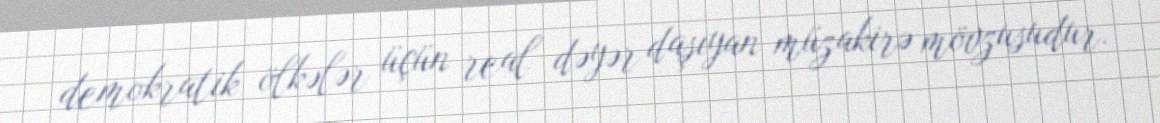
demokratik ölkələr üçün real dəyər daşıyan müzakirə mövzusudur.